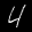
Label: 4